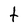
Character: t